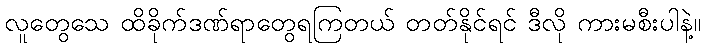
လူတွေသေ ထိခိုက်ဒဏ်ရာတွေရကြတယ် တတ်နိုင်ရင် ဒီလို ကားမစီးပါနဲ့။